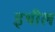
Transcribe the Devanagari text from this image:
इथील